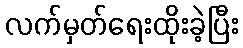
လက်မှတ်ရေးထိုးခဲ့ပြီး